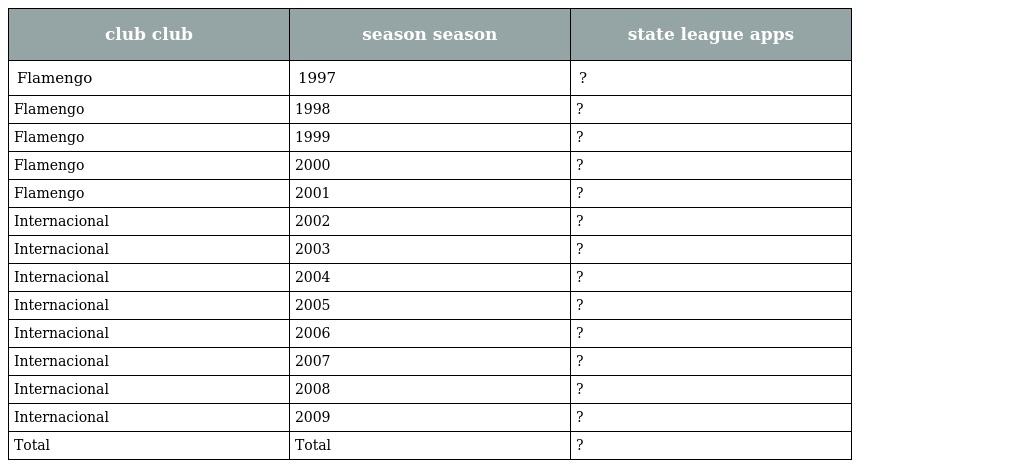
| club club | season season | state league apps |
 | --- | --- | --- |
 | Flamengo | 1997 | ? |
 | Flamengo | 1998 | ? |
 | Flamengo | 1999 | ? |
 | Flamengo | 2000 | ? |
 | Flamengo | 2001 | ? |
 | Internacional | 2002 | ? |
 | Internacional | 2003 | ? |
 | Internacional | 2004 | ? |
 | Internacional | 2005 | ? |
 | Internacional | 2006 | ? |
 | Internacional | 2007 | ? |
 | Internacional | 2008 | ? |
 | Internacional | 2009 | ? |
 | Total | Total | ? |